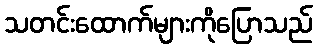
သတင်းထောက်များကိုပြောသည်